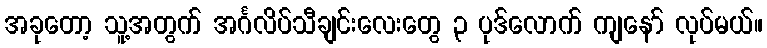
အခုတော့ သူ့အတွက် အင်္ဂလိပ်သီချင်းလေးတွေ ၃ ပုဒ်လောက် ကျနော် လုပ်မယ်။